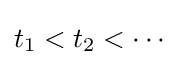
t_{1}<t_{2}<\cdots